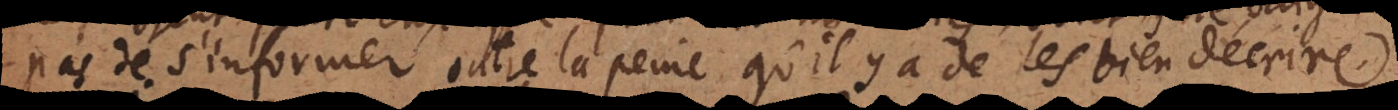
pas de s’informer, outre la peine qu’il y a de les bien décrire.